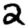
Digit: 2